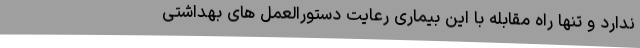
ندارد و تنها راه مقابله با این بیماری رعایت دستورالعمل های بهداشتی